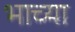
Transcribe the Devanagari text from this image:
भाच्या